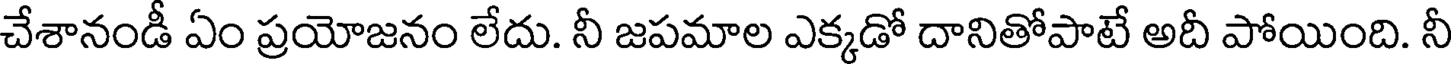
చేశానండీ ఏం ప్రయోజనం లేదు. నీ జపమాల ఎక్కడో దానితోపాటే అదీ పోయింది. నీ